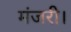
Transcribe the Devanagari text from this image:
मंजरी।